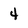
Character: 4